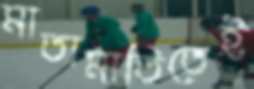
মাতামাতিতেই